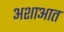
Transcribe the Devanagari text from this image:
अशाआत